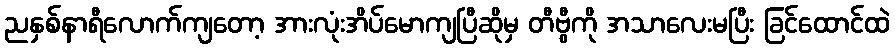
ညနှစ်နာရီလောက်ကျတော့ အားလုံးအိပ်မောကျပြီဆိုမှ တီဗွီကို အသာလေးမပြီး ခြင်ထောင်ထဲ